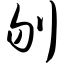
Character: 刎